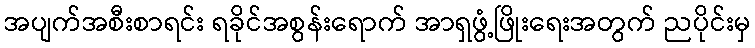
အပျက်အစီးစာရင်း ရခိုင်အစွန်းရောက် အာရှဖွံ့ဖြိုးရေးအတွက် ညပိုင်းမှ